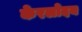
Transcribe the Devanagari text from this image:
केरलोदय